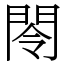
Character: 閝